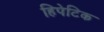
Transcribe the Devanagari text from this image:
हिपेटिक